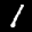
Label: 1